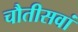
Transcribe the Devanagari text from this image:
चौतीसवां